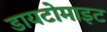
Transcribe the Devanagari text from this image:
डायटोमाइट